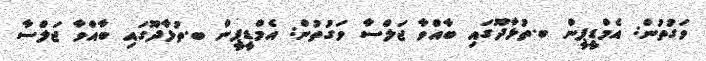
ވަގުތުން: އެމްޑީޕީން ބ.ތުޅާދޫގައި ބާއްވާ ޖަލްސާ ވަގުތުން: އެމްޑީޕީން ބ.ތުޅާދޫގައި ބާއްވާ ޖަލްސާ